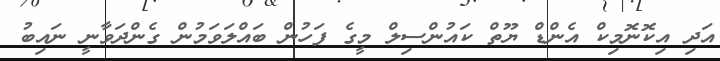
އަދި އިކޮނޮމިކް އެންޑް ޔޫތް ކައުންސިލް މީގެ ފަހުން ބައްލަވަމުން ގެންދަވާނީ ނައިބު